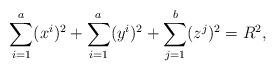
LaTeX: \begin{align*} \sum_{i=1}^{a}(x^{i})^{2}+\sum_{i=1}^{a}(y^{i})^{2}+\sum_{j=1}^{b}(z^{j})^{2}=R^{2},\end{align*}